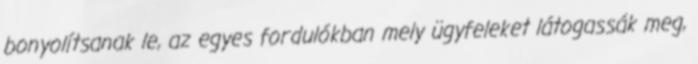
bonyolítsanak le, az egyes fordulókban mely ügyfeleket látogassák meg,